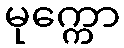
မုက္ကော